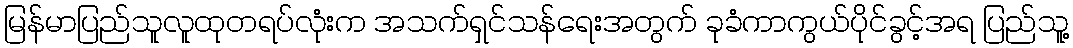
မြန်မာပြည်သူလူထုတရပ်လုံးက အသက်ရှင်သန်ရေးအတွက် ခုခံကာကွယ်ပိုင်ခွင့်အရ ပြည်သူ့